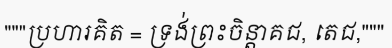
"""ប្រហារគិត = ទ្រង់ព្រះចិន្តាគជ, តេជ,"""